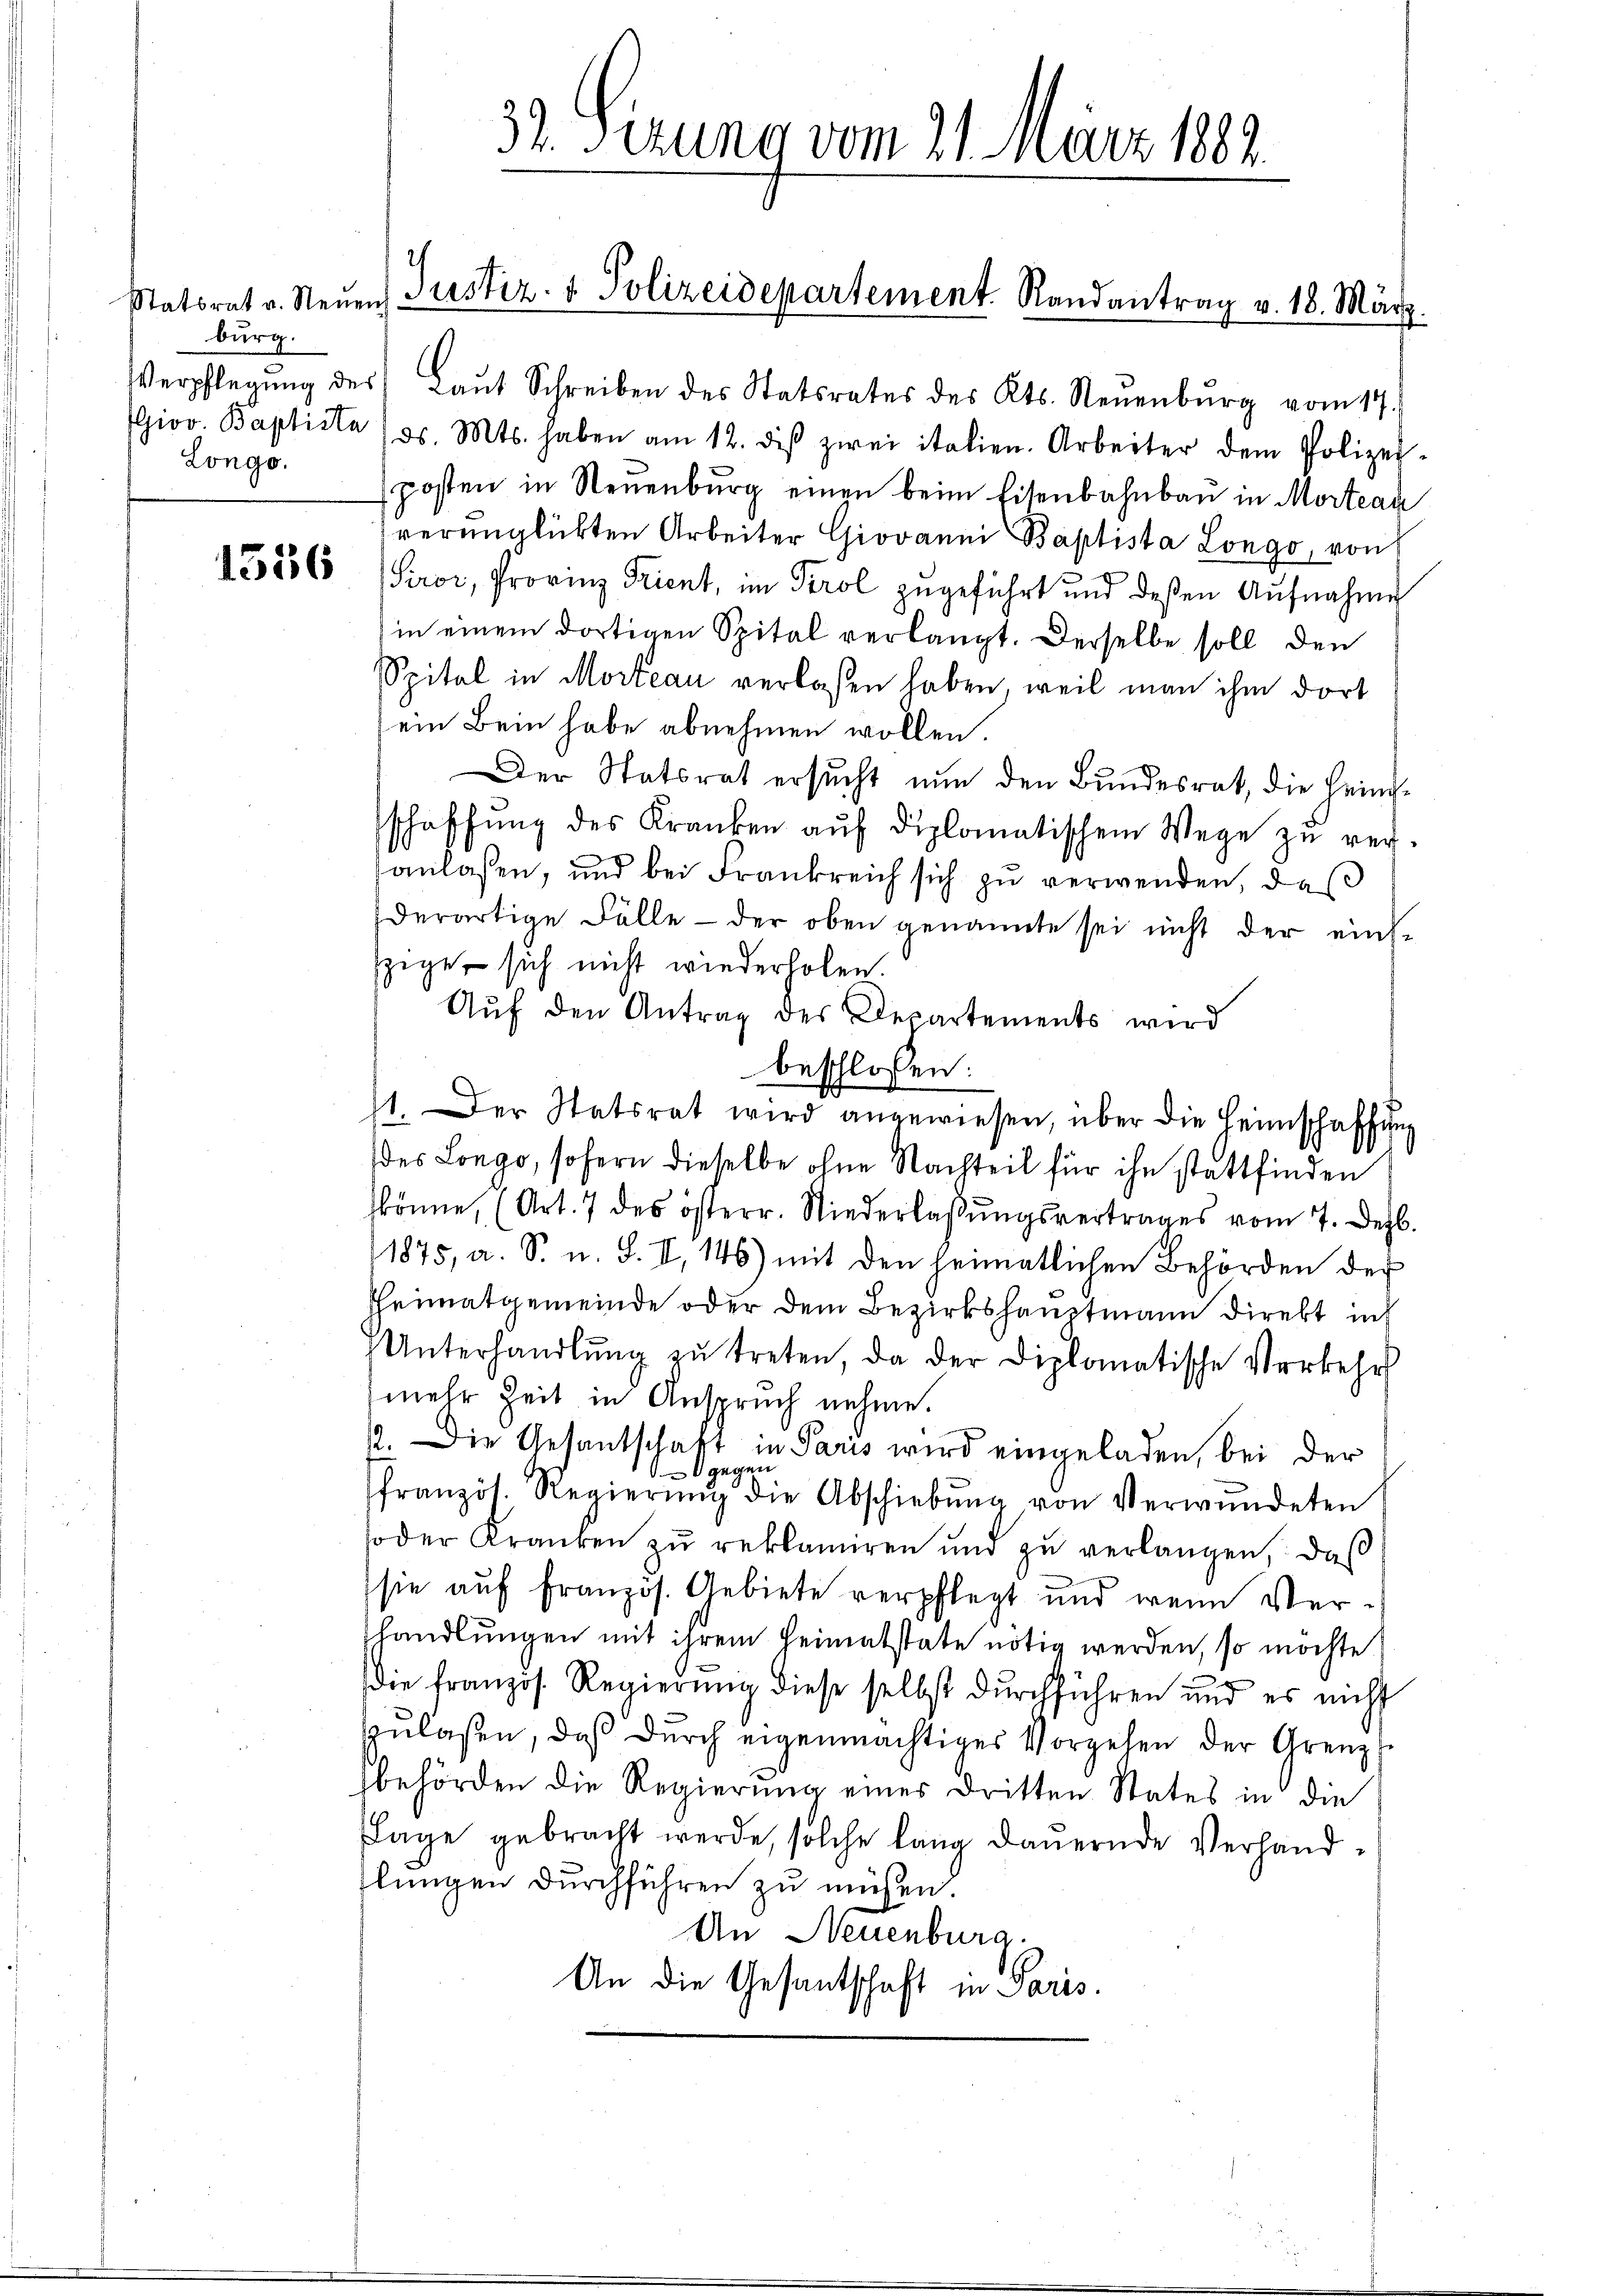
Statsrat v. Neŭen
burg.
Longo.

1536

37. Sizung vom 21. März 1882

2
Justiz- & Polizeidepartement. Randantrag v. 18. März.

Verpflegŭng des Laŭt Schreiben des Statsrates des Kts. Neŭenbŭrg vom 14.
Giov. Baptista (ds. Mts. haben am 12. diβ zwei italien. Arbeiter dem Polizei-
posten in Neuenburg einen beim Eisenbahnbau in Morteak
verunglükten Arbeiter Giovanni Baptista Longo, von
Proi, Provinz Frient, im Tirol zugeführt und deßen Aufnahme
in einem dortigen Spital verlangt. Derselbe soll den
SSpital in Morteau verlaßen haben, weil man ihm dort
ein Bein habe abnehmen wollen.
Der Statsrat ersŭcht nŭn den Bŭndesrat, die Heim-
schaffŭng des Kranken aŭf diplomatischem Wege zŭ ver-
sanlassen, und bei Frankreich sich zu verwenden, das
derartige Fälle - der oben genannte sei nicht der ein-
zige sich nicht wiederholen.
Aŭf den Antrag des Departements wird
beschlossen:
11. Der Statsrat wird angewiesen, über die Heimschaffung
des Longo, sofern dieselbe ohne Nachteil für ihn stattfinden
könne, (Art. 7 des österr. Niederlassŭngsvertrages vom 7. Dezb.
(1875, a. S. u. S. II, 146) mit den heimatlichen Behörden der
heimatgemeinde oder dem Bezirkshauptmann direkt ind
Unterhandlŭng zŭ treten, da der Diplomatische Verkehr
mehr Zeit in Anspruch nehme.
12. Die Gesantschaft in Paris wird eingeladen, bei der
8 gegen
französ. Regierŭng die Abschiebŭng von Verwŭndeten
oder Kranken zŭ reklamiren und zŭ verlangen, daß
sie auf französ. Gebiete verpflegt und wenn Vershandlungen mit ihrem Heimatstate nötig werden, so möchte
die französ. Regierung diese selbst durchführen und es nicht
zulaßen, daß durch eigenmächtiges Vorgelen der Grenzs
hbehörden die Regierung eines dritten States in die
Tage gebracht werde, solche lang dauernde Verhandlungen durchführen zu müssen.
An Neuenburg.
An die Gesantschaft in Paris.